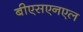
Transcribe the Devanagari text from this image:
बीएसएनएल